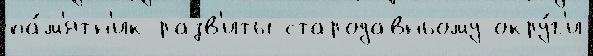
па́м'ятн'ик разв'иты стародавньому окру́г'и